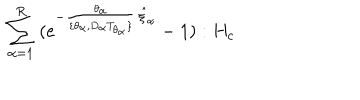
\; \sum _ { \alpha = 1 } ^ { R } \; ( e ^ { - \frac { \theta _ { \alpha } } { \lbrace \theta _ { \alpha } , D _ { \alpha } T _ { \theta _ { \alpha } } \rbrace } \, \hat { \xi } _ { \alpha } } - 1 ) : H _ { c } \;